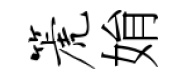
篪姢